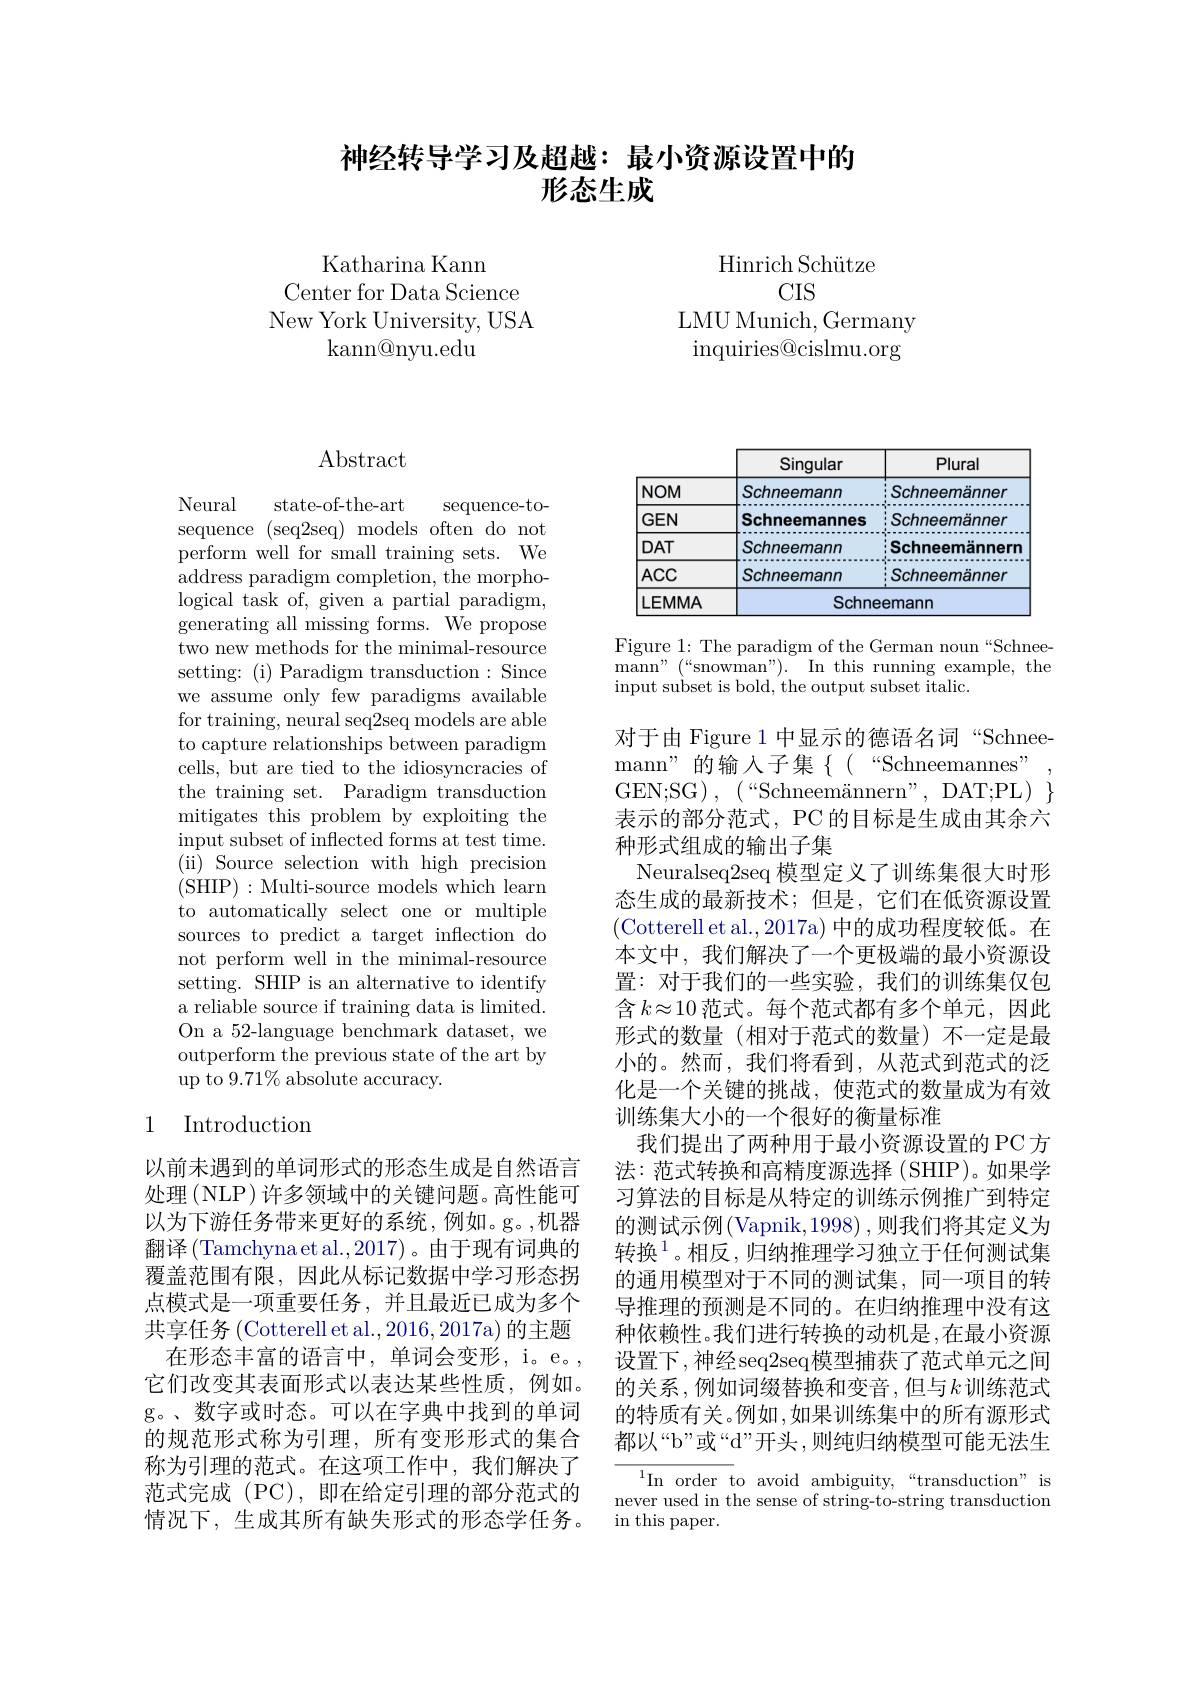
# 神经转导学习及超越：最小资源设置中的形态生成

Katharina Kann
Center for Data Science New York University, USA
$\operatorname{kann@nyu.edu}$

Hinrich Sch$\" {u}$tze
CIS
LMU Munich, Germany inquiries@cislmu.org

# $\operatorname{Abstract}$

Neural
state-of-the-art
sequence-to-
sequence (seq2seq) models often do not perform well for small training sets. We address paradigm completion, the morphological task of, given a partial paradigm, generating all missing forms. We propose two new methods for the minimal-resource setting: (i) Paradigm transduction: Since we assume only few paradigms available for training, neural seq2seq models are able to capture relationships between paradigm cells, but are tied to the idiosyncracies of the training set. Paradigm transduction mitigates this problem by exploiting the input subset of inflected forms at test time. ( ii) Source selection with high precision (SHIP):Multi-source models which learn to automatically select one or multiple sources to predict a target inflection do not perform well in the minimal-resource setting. SHIP is an alternative to identify a reliable source if training data is limited. On a 52-language benchmark dataset, we outperform the previous state of the art by $\operatorname{up}\tilde{\text{ to 9.71\% absolute accuracy.}}$

### 1 Introduction

以前未遇到的单词形式的形态生成是自然语言处理 (NLP) 许多领域中的关键问题。高性能可以为下游任务带来更好的系统，例如。g。,机器翻译(Tamchynaet al.,2017)。由于现有词典的覆盖范围有限，因此从标记数据中学习形态拐点模式是一项重要任务，并且最近已成为多个共享任务 (Cotterell et al.,2016,2017a) 的主题
在形态丰富的语言中，单词会变形，i。e。, 它们改变其表面形式以表达某些性质，例如。g。、数字或时态。可以在字典中找到的单词的规范形式称为引理，所有变形形式的集合称为引理的范式。在这项工作中，我们解决了范式完成 (PC),即在给定引理的部分范式的情况下，生成其所有缺失形式的形态学任务。

<table>
	<tbody>
		<tr>
			<th> </th>
			<th>Singular</th>
			<th>Plural</th>
		</tr>
		<tr>
			<td>$NOM$</td>
			<td>Schneemann</td>
			<td>Schneemänner</td>
		</tr>
		<tr>
			<td>$GEN$</td>
			<td>Schneemannes</td>
			<td>Schneemänner</td>
		</tr>
		<tr>
			<td>$DAT$</td>
			<td>Schneemann</td>
			<td>Schneemännern</td>
		</tr>
		<tr>
			<td>$ACC$</td>
			<td>Schneemann</td>
			<td>Schneemänner</td>
		</tr>
		<tr>
			<td>LEMMA</td>
			<td>Schn</td>
			<td>eemann</td>
		</tr>
	</tbody>
</table>

Figure 1: The paradigm of the German noun“Schneemann" (“snowman”). In this running example, the input subset is bold, the output subset italic.

对于由 Figure 1 中显示的德语名词“Schnee-
mann”的输入子集$\{($“Schneemannes"
$GEN;SG),~(“Schneemännern”,~DAT;PL)~\}$ 表示的部分范式，PC 的目标是生成由其余六种形式组成的输出子集
Neuralseq2seq 模型定义了训练集很大时形态生成的最新技术；但是，它们在低资源设置(Cotterell et al.,2017a) 中的成功程度较低。在本文中，我们解决了一个更极端的最小资源设置：对于我们的一些实验，我们的训练集仅包含$k\approx10$范式。每个范式都有多个单元，因此形式的数量(相对于范式的数量)不一定是最小的。然而，我们将看到，从范式到范式的泛化是一个关键的挑战，使范式的数量成为有效训练集大小的一个很好的衡量标准
我们提出了两种用于最小资源设置的 PC 方法：范式转换和高精度源选择(SHIP)。如果学习算法的目标是从特定的训练示例推广到特定的测试示例(Vapnik,1998) ,则我们将其定义为转换$^{1}$。相反，归纳推理学习独立于任何测试集的通用模型对于不同的测试集，同一项目的转导推理的预测是不同的。在归纳推理中没有这种依赖性。我们进行转换的动机是，在最小资源设置下，神经seq2seq模型捕获了范式单元之间的关系，例如词缀替换和变音，但与$k$训练范式的特质有关。例如，如果训练集中的所有源形式都以“b”或“d”开头，则纯归纳模型可能无法生
$^{1}$In order to avoid ambiguity,  “ transduction"  is

never used in the sense of string-to-string transduction
in this paper.